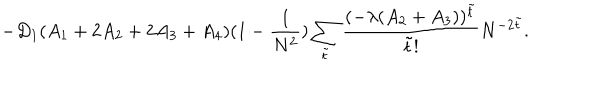
- D _ { 1 } ( A _ { 1 } + 2 A _ { 2 } + 2 A _ { 3 } + A _ { 4 } ) ( 1 - \frac { 1 } { N ^ { 2 } } ) \sum _ { \tilde { t } } \frac { ( - \lambda ( A _ { 2 } + A _ { 3 } ) ) ^ { \tilde { t } } } { \tilde { t } ! } N ^ { - 2 \tilde { t } } .